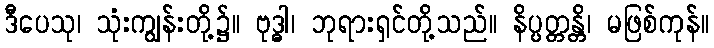
ဒီပေသု၊ သုံးကျွန်းတို့၌။ ဗုဒ္ဓါ၊ ဘုရားရှင်တို့သည်။ နိပ္ပတ္တန္တိ၊ မဖြစ်ကုန်။